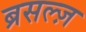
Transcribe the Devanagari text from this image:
ब्रसल्ज़